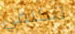
تتكلمي